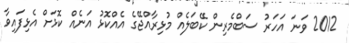
2012 ވަނަ އަހަރު ސަބްމެރިން ކޭބަލެއް މުޅިރާއްޖޭގެ އެއްކޮޅު އަނެއް ކޮޅަށް އެޅިފައިވާ